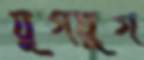
যুগযুগ